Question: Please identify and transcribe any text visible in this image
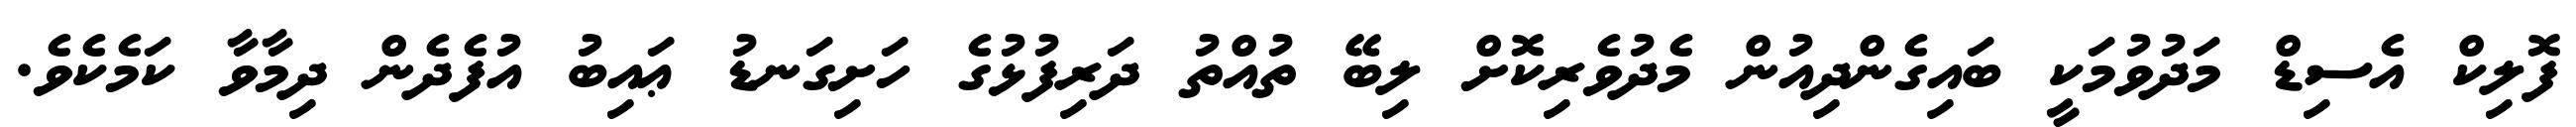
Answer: ފޮލިކް އެސިޑް މަދުވުމަކީ ބައިގެންދިއުން މެދުވެރިކޮށް ލިބޭ ތުއްތު ދަރިފުޅުގެ ހަށިގަނޑު ޢައިބު އުފެދެން ދިމާވާ ކަމެކެވެ.